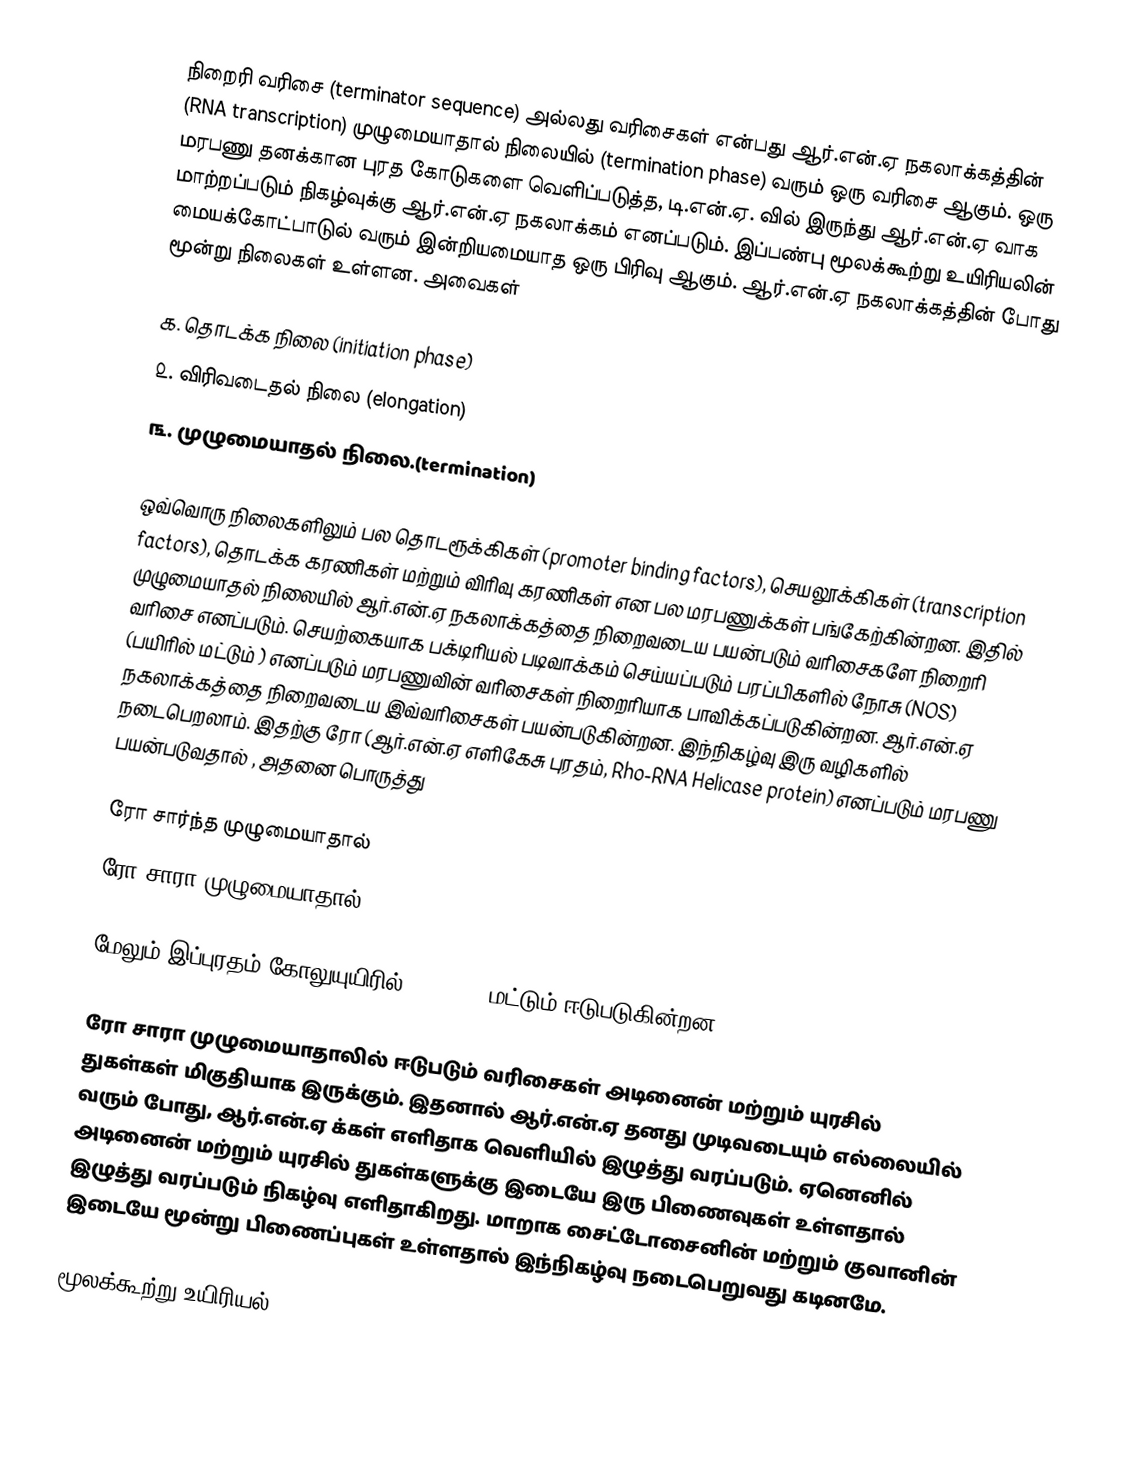
நிறைரி வரிசை (terminator sequence) அல்லது வரிசைகள் என்பது  ஆர்.என்.ஏ நகலாக்கத்தின் (RNA transcription) முழுமையாதால் நிலையில் (termination phase) வரும் ஒரு வரிசை ஆகும். ஒரு மரபணு தனக்கான புரத கோடுகளை வெளிப்படுத்த, டி.என்.ஏ. வில் இருந்து ஆர்.என்.ஏ வாக மாற்றப்படும் நிகழ்வுக்கு ஆர்.என்.ஏ நகலாக்கம் எனப்படும். இப்பண்பு மூலக்கூற்று உயிரியலின் மையக்கோட்பாடுல் வரும்  இன்றியமையாத ஒரு பிரிவு ஆகும். ஆர்.என்.ஏ நகலாக்கத்தின் போது மூன்று நிலைகள் உள்ளன. அவைகள்

 ௧. தொடக்க நிலை (initiation  phase)
 ௨. விரிவடைதல் நிலை (elongation)
 ௩. முழுமையாதல் நிலை.(termination)

ஒவ்வொரு நிலைகளிலும் பல தொடரூக்கிகள் (promoter binding factors), செயலூக்கிகள் (transcription factors), தொடக்க கரணிகள் மற்றும் விரிவு கரணிகள் என பல மரபணுக்கள் பங்கேற்கின்றன. இதில் முழுமையாதல் நிலையில் ஆர்.என்.ஏ நகலாக்கத்தை நிறைவடைய பயன்படும் வரிசைகளே நிறைரி வரிசை எனப்படும். செயற்கையாக பக்டிரியல் படிவாக்கம் செய்யப்படும் பரப்பிகளில் நோசு (NOS) (பயிரில் மட்டும் ) எனப்படும் மரபணுவின் வரிசைகள் நிறைரியாக பாவிக்கப்படுகின்றன. ஆர்.என்.ஏ நகலாக்கத்தை நிறைவடைய இவ்வரிசைகள் பயன்படுகின்றன. இந்நிகழ்வு இரு வழிகளில் நடைபெறலாம். இதற்கு ரோ (ஆர்.என்.ஏ எளிகேசு புரதம், Rho-RNA Helicase protein)  எனப்படும் மரபணு பயன்படுவதால் , அதனை பொருத்து

 ரோ சார்ந்த முழுமையாதால்
 ரோ சாரா முழுமையாதால்

மேலும் இப்புரதம் கோலுயுயிரில் (E.coli)  மட்டும்  ஈடுபடுகின்றன.

ரோ சாரா முழுமையாதாலில் ஈடுபடும் வரிசைகள் அடினைன் மற்றும் யுரசில் துகள்கள் மிகுதியாக இருக்கும். இதனால் ஆர்.என்.ஏ தனது முடிவடையும் எல்லையில் வரும் போது, ஆர்.என்.ஏ க்கள் எளிதாக வெளியில் இழுத்து வரப்படும். ஏனெனில் அடினைன் மற்றும் யுரசில் துகள்களுக்கு இடையே இரு பிணைவுகள் உள்ளதால் இழுத்து வரப்படும் நிகழ்வு எளிதாகிறது. மாறாக சைட்டோசைனின் மற்றும் குவானின் இடையே மூன்று பிணைப்புகள் உள்ளதால் இந்நிகழ்வு நடைபெறுவது கடினமே.

மூலக்கூற்று உயிரியல்